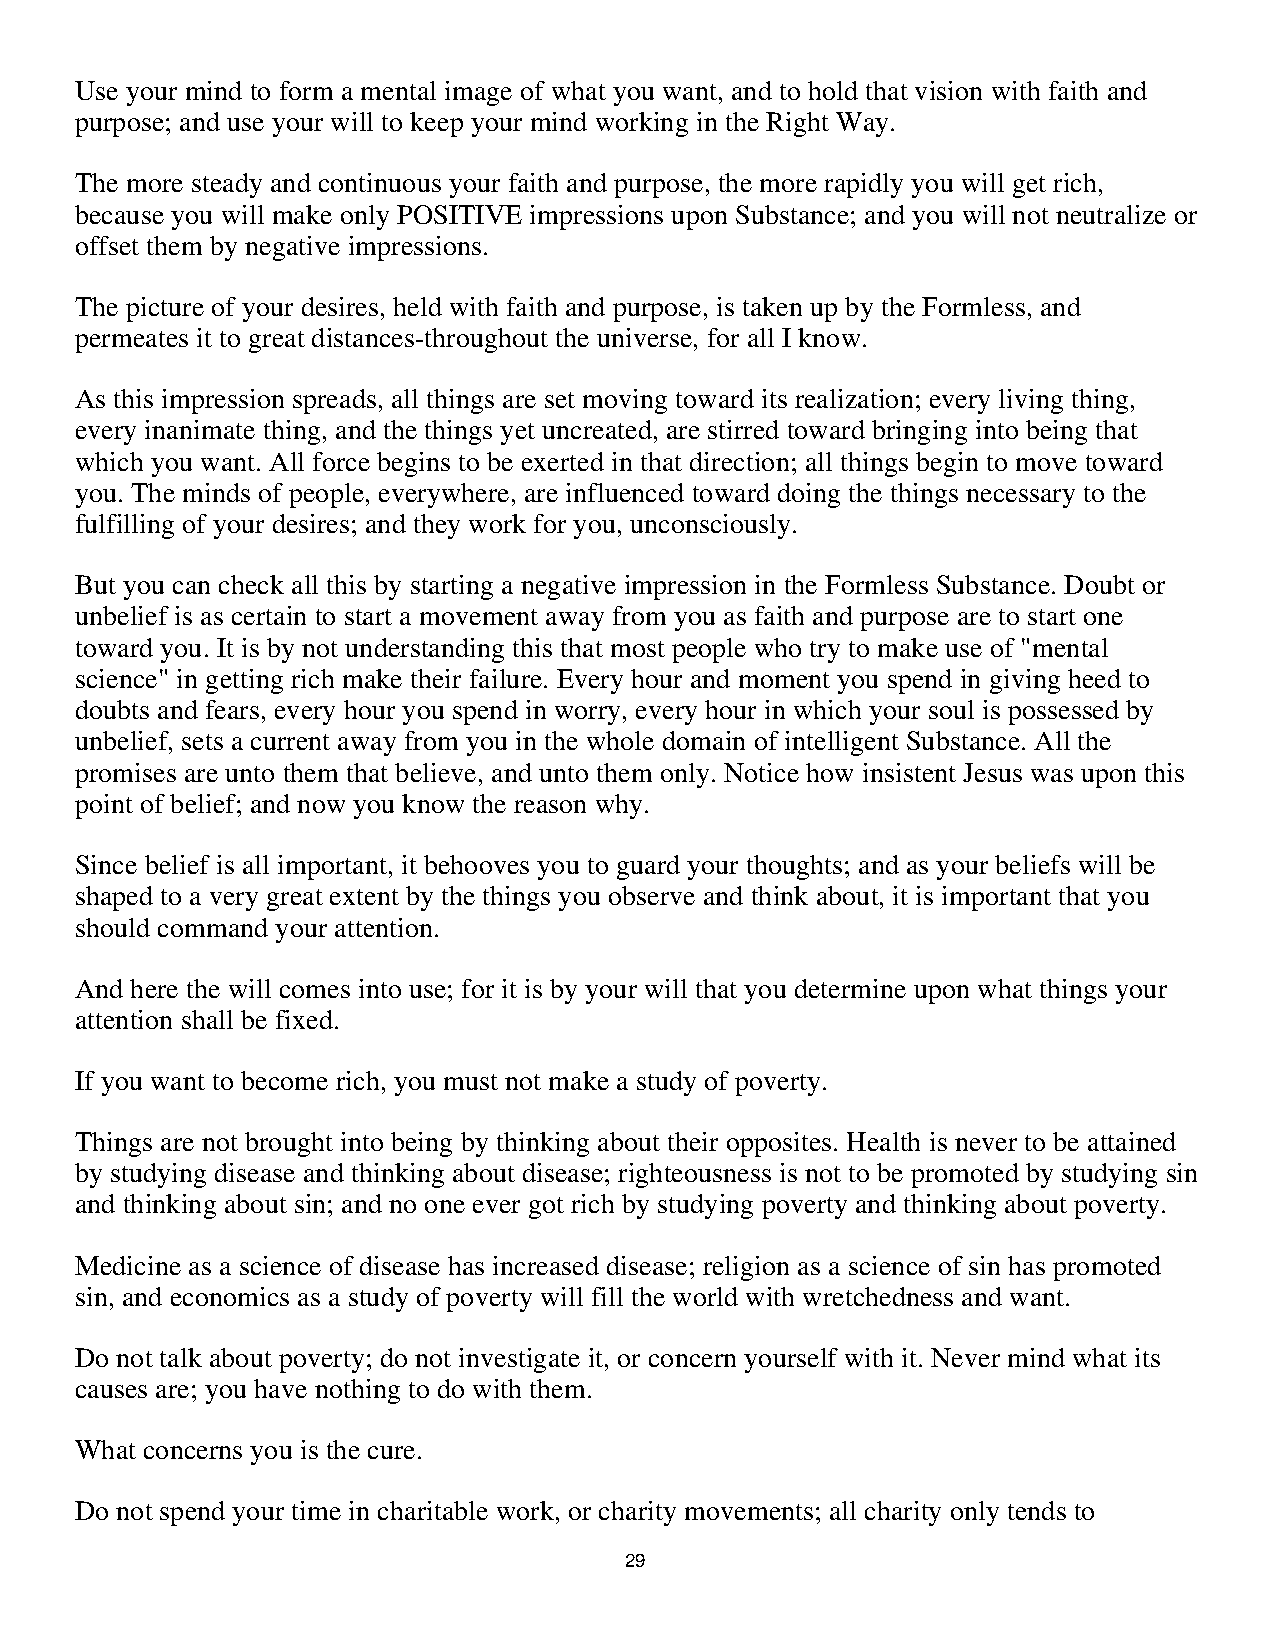
Use your mind to form a mental image of what you want, and to hold that vision with faith and
 purpose; and use your will to keep your mind working in the Right Way.
 The more steady and continuous your faith and purpose, the more rapidly you will get rich,
 because you will make only POSITIVE impressions upon Substance; and you will not neutralize or
 offset them by negative impressions.
 The picture of your desires, held with faith and purpose, is taken up by the Formless, and
 permeates it to great distances-throughout the universe, for all I know.
 As this impression spreads, all things are set moving toward its realization; every living thing,
 every inanimate thing, and the things yet uncreated, are stirred toward bringing into being that
 which you want. All force begins to be exerted in that direction; all things begin to move toward
 you. The minds of people, everywhere, are influenced toward doing the things necessary to the
 fulfilling of your desires; and they work for you, unconsciously.
 But you can check all this by starting a negative impression in the Formless Substance. Doubt or
 unbelief is as certain to start a movement away from you as faith and purpose are to start one
 toward you. It is by not understanding this that most people who try to make use of "mental
 science" in getting rich make their failure. Every hour and moment you spend in giving heed to
 doubts and fears, every hour you spend in worry, every hour in which your soul is possessed by
 unbelief, sets a current away from you in the whole domain of intelligent Substance. All the
 promises are unto them that believe, and unto them only. Notice how insistent Jesus was upon this
 point of belief; and now you know the reason why.
 Since belief is all important, it behooves you to guard your thoughts; and as your beliefs will be
 shaped to a very great extent by the things you observe and think about, it is important that you
 should command your attention.
 And here the will comes into use; for it is by your will that you determine upon what things your
 attention shall be fixed.
 If you want to become rich, you must not make a study of poverty.
 Things are not brought into being by thinking about their opposites. Health is never to be attained
 by studying disease and thinking about disease; righteousness is not to be promoted by studying sin
 and thinking about sin; and no one ever got rich by studying poverty and thinking about poverty.
 Medicine as a science of disease has increased disease; religion as a science of sin has promoted
 sin, and economics as a study of poverty will fill the world with wretchedness and want.
 Do not talk about poverty; do not investigate it, or concern yourself with it. Never mind what its
 causes are; you have nothing to do with them.
 What concerns you is the cure.
 Do not spend your time in charitable work, or charity movements; all charity only tends to
 2299